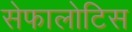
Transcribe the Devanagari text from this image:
सेफालोटिस